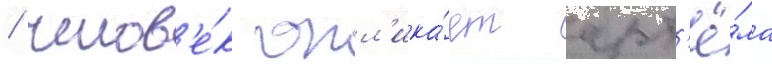
/ челов'е́к окл'ика́ет арт'ё́ма